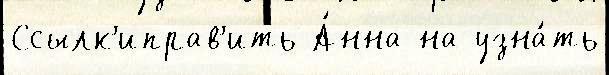
Ссылк'иправ'ить А́нна на узна́ть